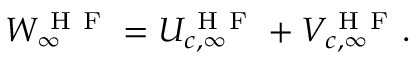
W _ { \infty } ^ { \mathrm { ~ H ~ F ~ } } = U _ { c , \infty } ^ { \mathrm { ~ H ~ F ~ } } + V _ { c , \infty } ^ { \mathrm { ~ H ~ F ~ } } .